画像に写った文字を読んでください
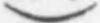
「)」と書いてあります